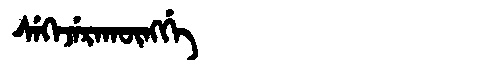
Manchu: ᠰᡝᡴᡝᠵᡝᡵᠠᡴᡡᠩᡤᡝ
Romanization: SEKEJERAKŪNGGE